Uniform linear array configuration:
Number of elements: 24
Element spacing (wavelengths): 0.5
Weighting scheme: cosine
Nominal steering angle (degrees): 15
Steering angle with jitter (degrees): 14.514
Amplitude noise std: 0.05
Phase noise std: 0.05

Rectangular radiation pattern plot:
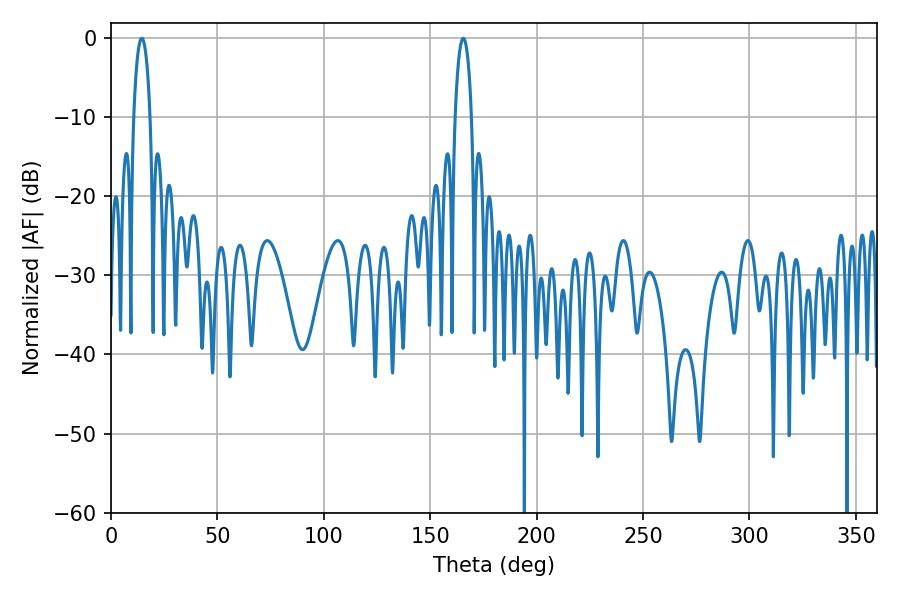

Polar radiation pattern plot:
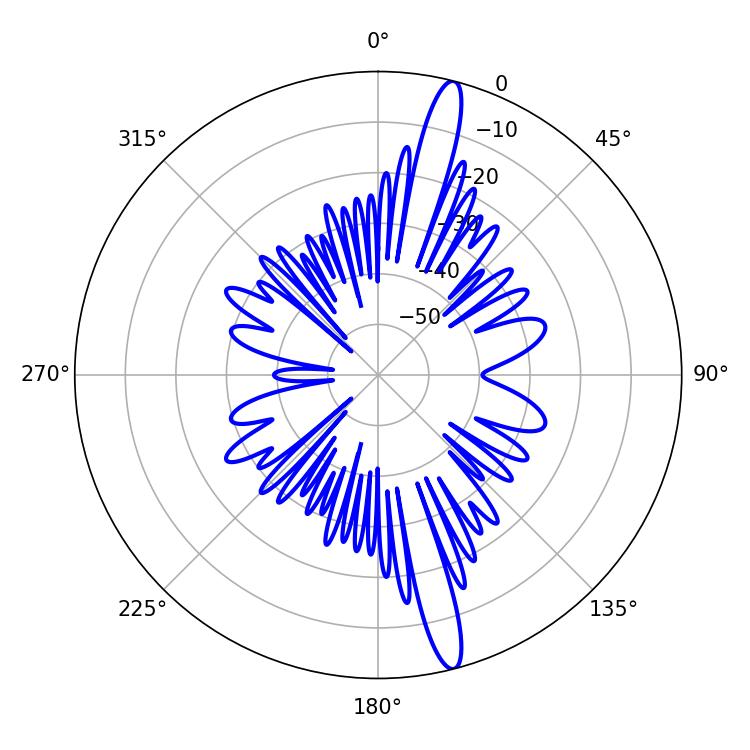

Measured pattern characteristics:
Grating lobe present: FALSE
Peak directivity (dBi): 16.607
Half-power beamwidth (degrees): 4.5
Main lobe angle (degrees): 14.4